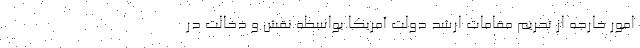
امور خارجه از تحریم مقامات ارشد دولت آمریکا بواسطه نقش و دخالت در